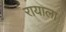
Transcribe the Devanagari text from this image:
रायाला